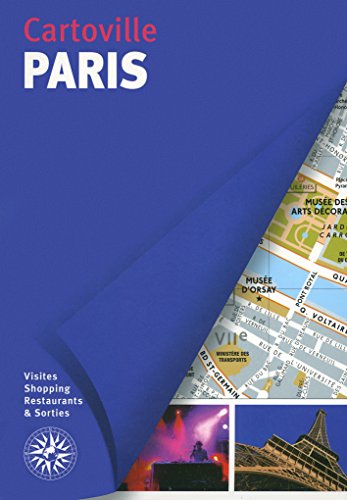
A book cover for Paris - Visites Shopping Restaurants Sorties (French Edition); Collectif; Travel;